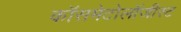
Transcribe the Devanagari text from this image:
कॉसमेटोलॉजीस्ट